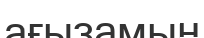
ағызамын